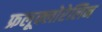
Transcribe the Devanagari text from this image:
फ्रलूक्लोरेलिन